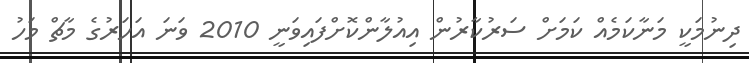
ދިނުމަކީ މަނާކަމެއް ކަމަށް ސަރުކާރުން އިއުލާންކޮށްފައިވަނީ 2010 ވަނަ އަހަރުގެ މާޗް މަހު